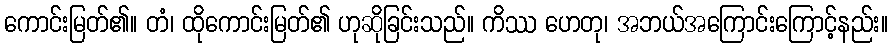
ကောင်းမြတ်၏။ တံ၊ ထိုကောင်းမြတ်၏ ဟုဆိုခြင်းသည်။ ကိဿ ဟေတု၊ အဘယ်အကြောင်းကြောင့်နည်း။